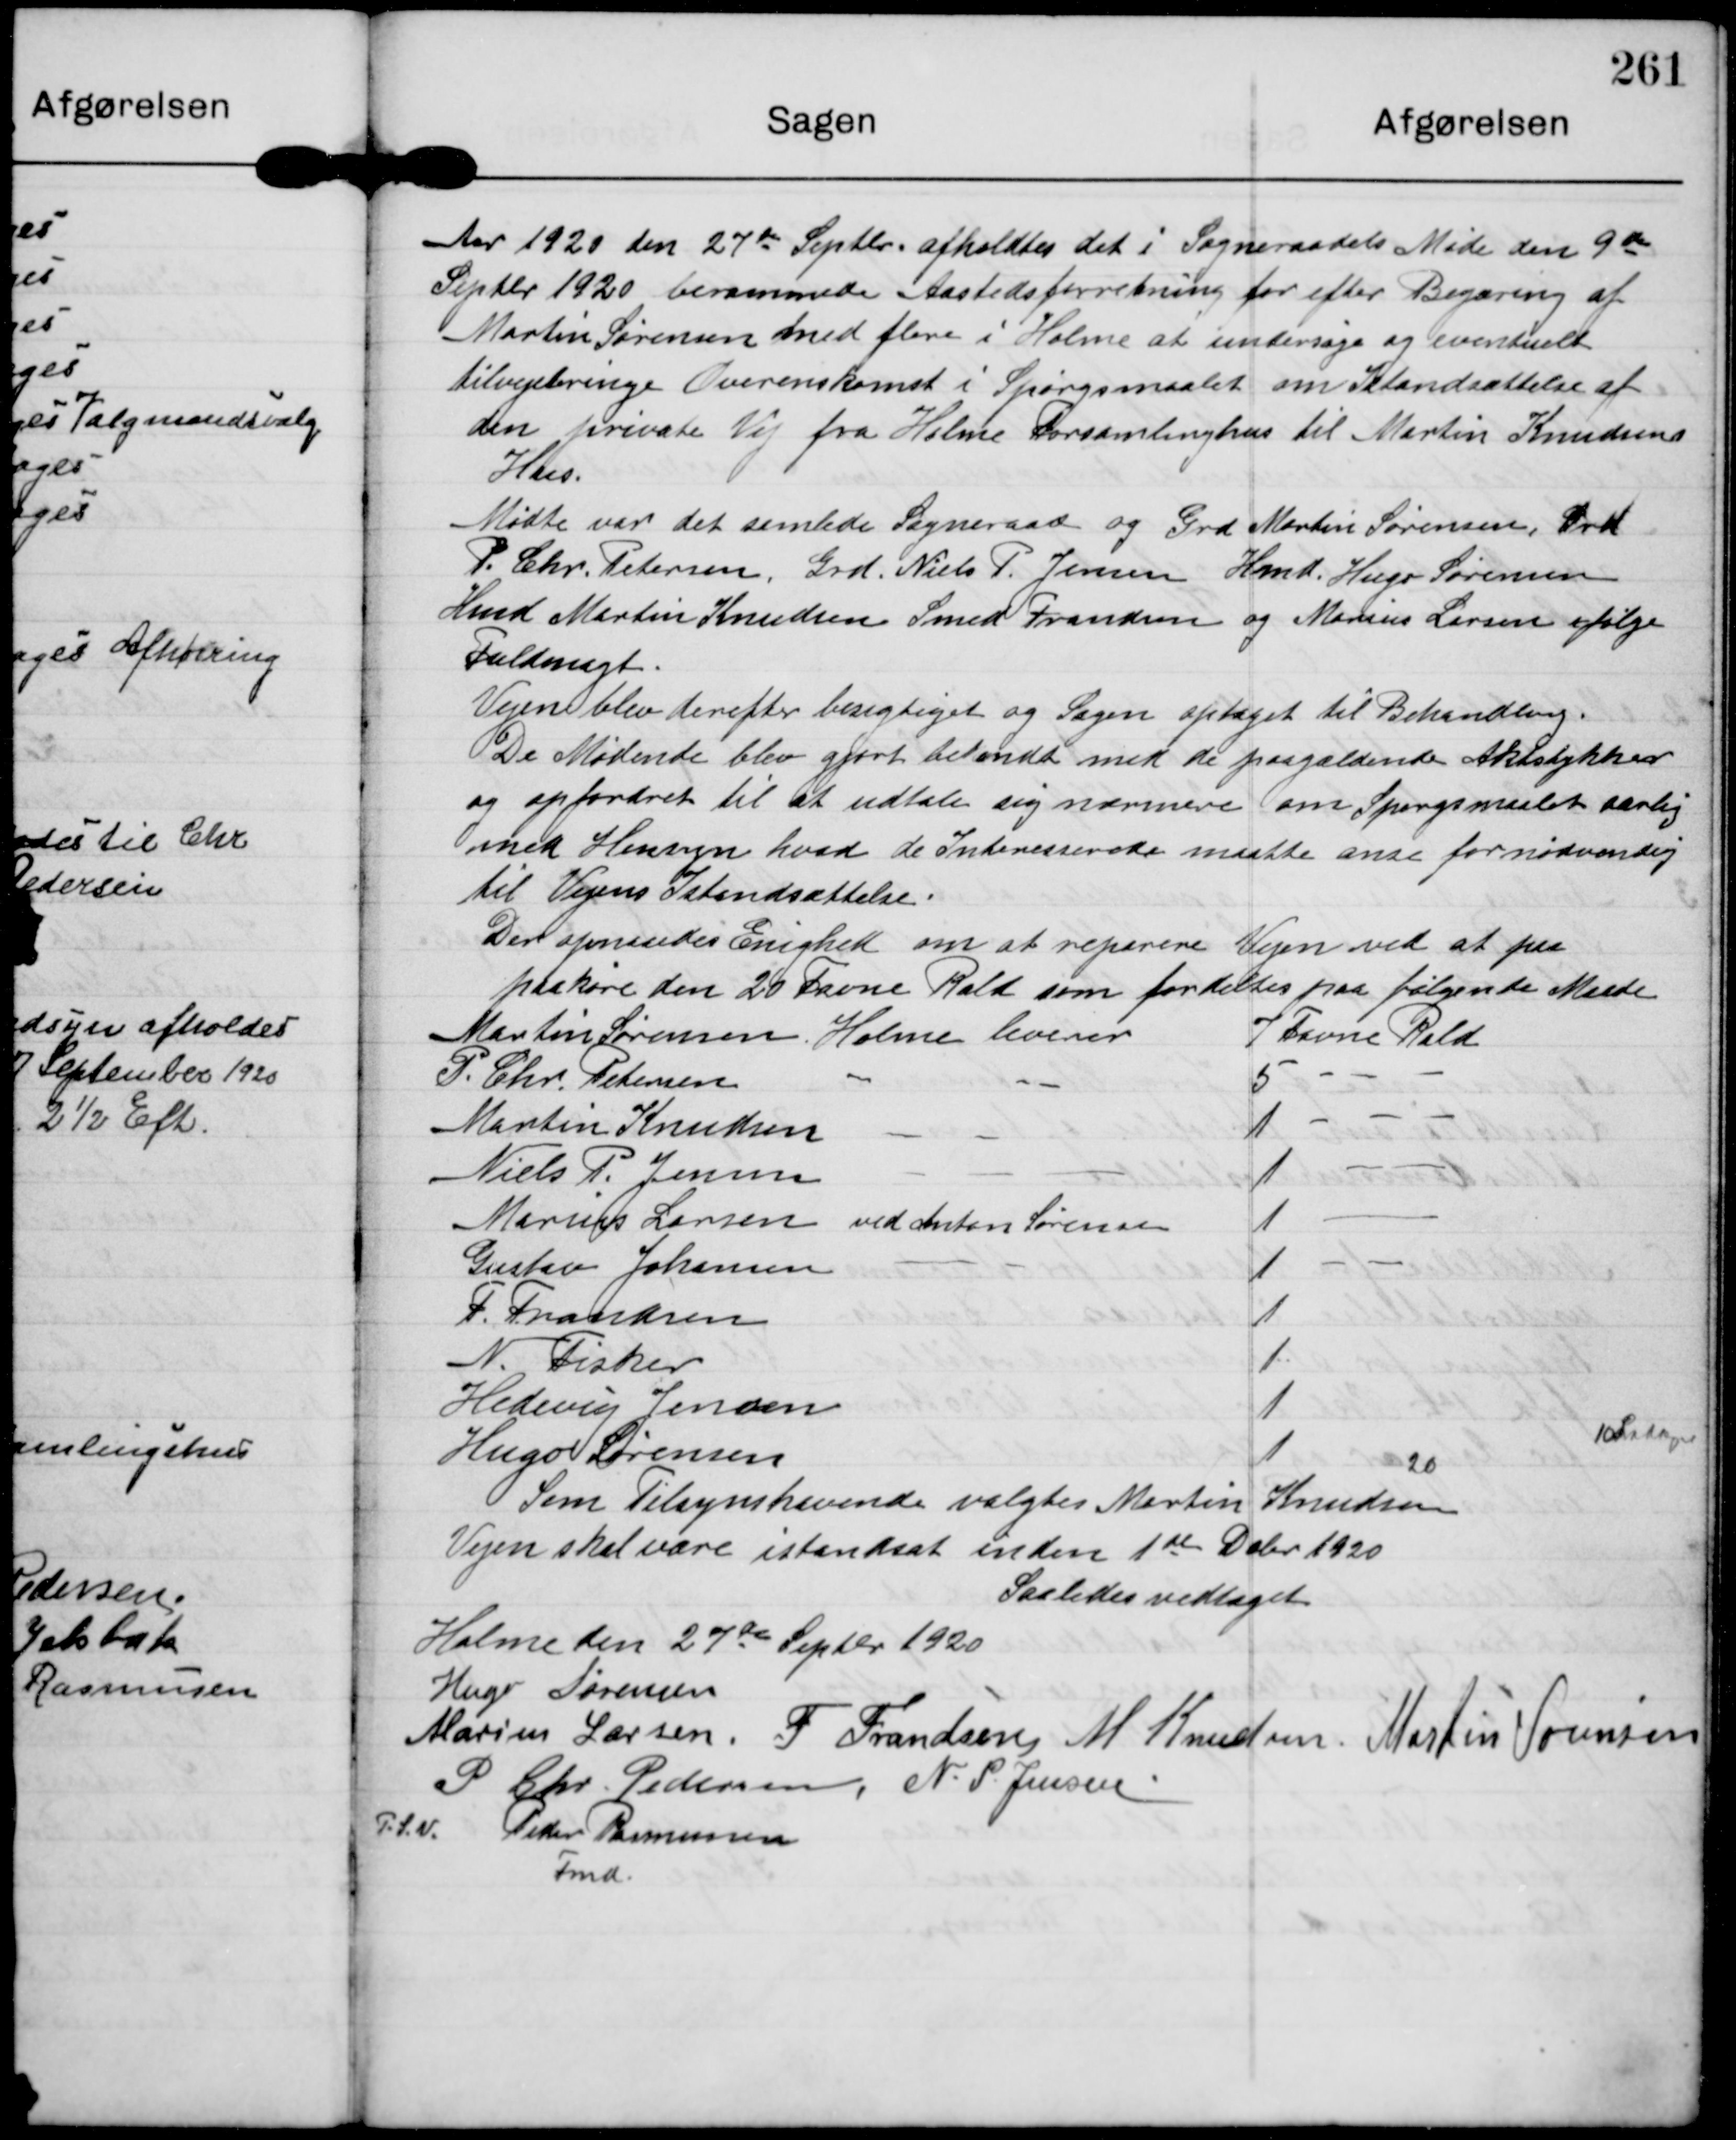
Transskription:
Aar 1920 den 27de Septbr. afholdtes det i Sogneraadets Møde den 9de
Septbr 1920 berammede Aastedsforretning for efter Begæring af
Martin Sørensen med flere i Holme at undersøge og eventuelt
tilvejebringe Overenskomst i Spørgsmaalet om Istandsættelse af
den private Vej fra Holme Forsamlinghus til Martin Knudsens
Hus.
Mødte var det samlede Sogneraad og Grd Martin Sørensen, Grd
P. Chr. Petersen, Grd. Niels P. Jensen, Hmd. Hugo Sørensen
Hmd Martin Knudsen Smed Frandsen og Marius Larsen ifølge
Fuldmagt.
Vejen blev derefter besigtiget og Sagen optaget til Behandling.
De Mødende blev gjort bekendt med de paagældende Aktstykker
og opfordret til at udtale sig nærmere om Spørgsmaalet særlig
med Hensyn hvad de Interesserede maatte anse for nødvendig
til Vejens Istandsættelse.
Der opnaaedes Enighed om at reparere Vejen ved at faa
paakøre den 20 Favne Rald som fordeltes paa følgende Maade
Martin Sørensen Holme leverer
7 Favne Rald
P. Chr. Petersen
5
Martin Knudsen
1
Niels P. Jensen
1
Marius Larsen ved Anton Sørensen
1
Gustav Johansen
1
P. Frandsen
1
N. Fisker
1
Hedwig Jensen
1
Hugo Sørensen
10 Latager
1
20
Som Tilsynshavende valgtes Martin Knudsen
Vejen skal være istandsat inden 1ste Dcbr 1920

Saaledes vedtaget

Holme den 27de Septbr 1920

Hugo Sørensen
Marius Larsen F Frandsen M. Knudsen Martin Sørensen
P Chr. Pedersen N. P. Jensen
P. S. V. Peder Rasmussen
Fmd.